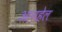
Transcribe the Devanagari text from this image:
आनहेल